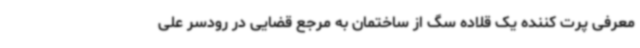
معرفی پرت کننده یک قلاده سگ از ساختمان به مرجع قضایی در رودسر علی